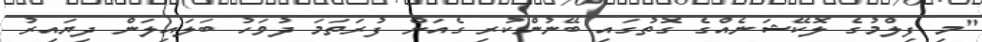
"މި ފިލްމުގެ ލޮކޭޝަނެއްގެ ގޮތުގައި ބޭނުންކުރި ގެއަށް ފުރަތަމަ ދުވަހު ބަލައިލަން ދިޔައިރު